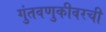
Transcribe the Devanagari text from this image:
गुंतवणुकीवरची